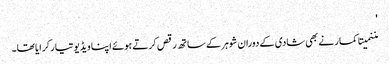
'
مننمیتا کمار نے بھی شادی کے دوران شوہر کے ساتھ رقص کرتے ہوئے اپنا ویڈیو تیار کرایا تھا۔